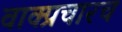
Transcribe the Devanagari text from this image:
वाक्प्रचारच